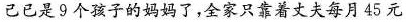
己已是9个孩子的妈妈了，全家只靠着丈夫每月45元